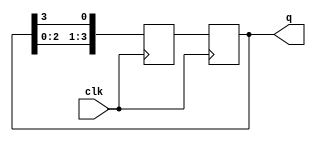
module RingCounter (
    input wire clk,
    output reg [3:0] q
);

reg [3:0] next_q;

always @(posedge clk) begin
    next_q[0] <= q[3];
    next_q[1] <= q[0];
    next_q[2] <= q[1];
    next_q[3] <= q[2];

    q <= next_q;
end

endmodule